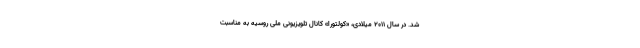
شد. در سال ۲۰۱۱ میلادی، «کولتورا» کانال تلویزیونی ملی روسیه به مناسبت